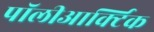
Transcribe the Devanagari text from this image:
पॉलीआर्क्टिक